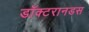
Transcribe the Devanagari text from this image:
डॉक्टरानडस